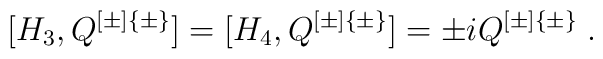
[H_3, Q^{[\pm]\{\pm\}}] = [H_4, Q^{[\pm]\{\pm\}}] = \pm i Q^{[\pm]\{\pm\}}\;.